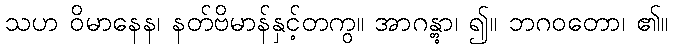
သဟ ဝိမာနေန၊ နတ်ဗိမာန်နှင့်တကွ။ အာဂန္တွာ၊ ၍။ ဘဂဝတော၊ ၏။